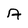
Character: A